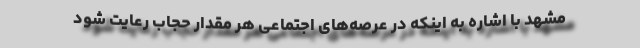
مشهد با اشاره به اینکه در عرصه‌های اجتماعی هر مقدار حجاب رعایت شود